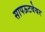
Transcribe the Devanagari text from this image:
सापऊटवेयर